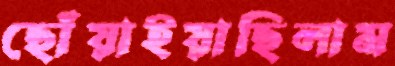
ছোঁয়াইয়াছিলাম